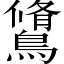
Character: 𪅭